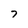
Character: 7